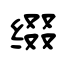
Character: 缀